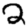
Digit: 2